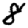
Digit: 8